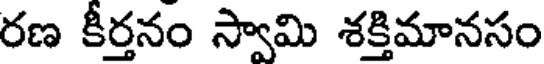
రణ కీర్తనం స్వామి శక్తిమానసం